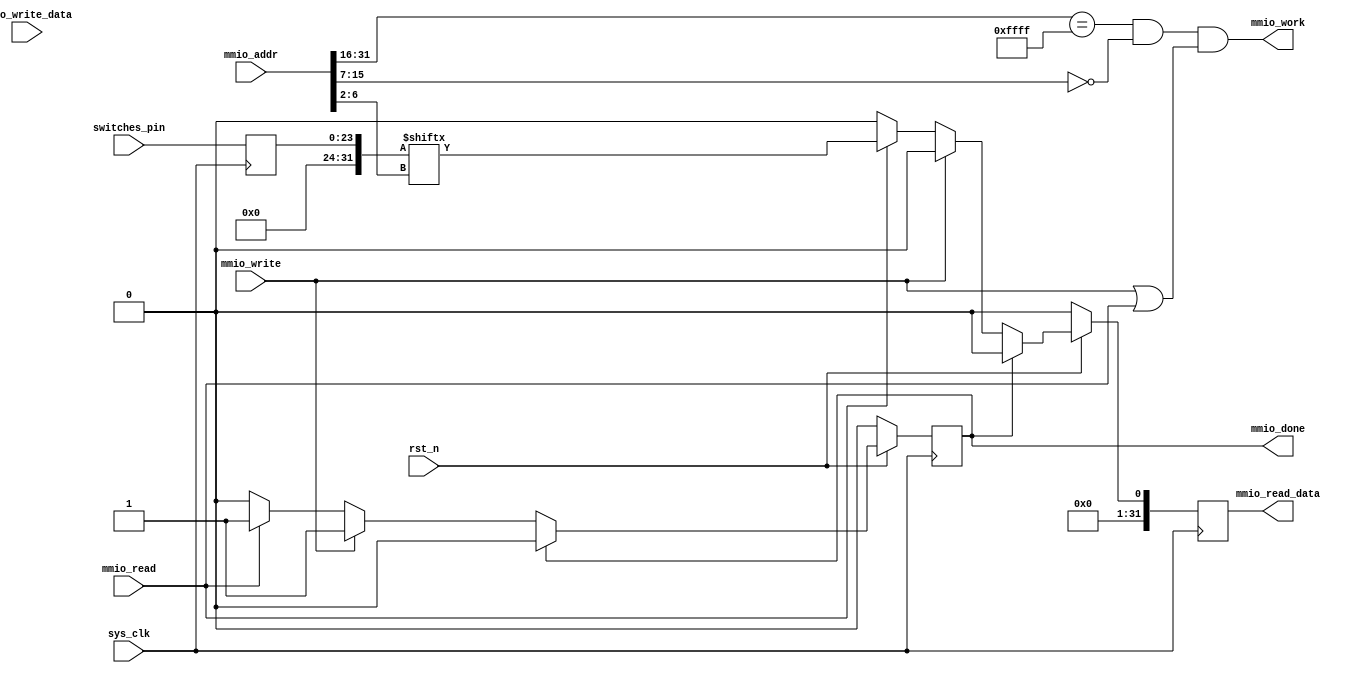
`timescale 1ns / 1ps
module mmio_switch(
    input sys_clk,
    input rst_n,
    
    input mmio_read,
    input mmio_write,
    input [31:0] mmio_addr,
    input [31:0] mmio_write_data,

    output mmio_work,
    output reg mmio_done,
    output reg [31:0] mmio_read_data,

    // IO Pins
    input [23:0] switches_pin 
);
    // 24 switches
    // Address: 0xFFFF0000 - 0xFFFF007F, 32 words, 128 bytes, last 7 bits, last 2 bits remain 0
    wire [4:0] _addr = mmio_addr[6:2];
    assign mmio_work = mmio_addr[31:16] == 16'HFFFF && mmio_addr[15:7] == 9'b0 && (mmio_write || mmio_read);
    
    reg [23:0] sw_reg;
    always @(posedge sys_clk) sw_reg <= switches_pin;

    wire [31:0] _ext = {8'b0, sw_reg};

    always @(posedge sys_clk) begin
        if (!rst_n) begin
            mmio_done <= 0;
            mmio_read_data <= 0;
        end else begin
            if (mmio_done) begin
                mmio_done <= 0;
                mmio_read_data <= 0;
            end else if (mmio_write) begin
                mmio_done <= 1; // do not support write
                mmio_read_data <= 0;
            end else if(mmio_read) begin
                mmio_done <= 1;
                mmio_read_data <= {31'b0, _ext[_addr]};
            end else begin
                mmio_done <= mmio_done;
                mmio_read_data <= 0;
            end
        end
    end

endmodule